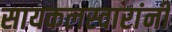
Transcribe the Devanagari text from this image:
सायकलस्वारांनी